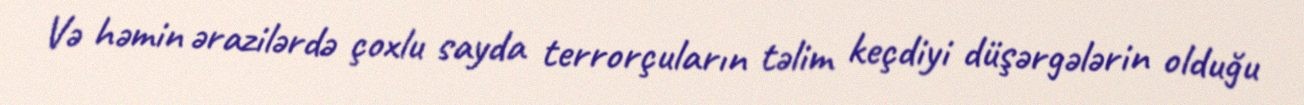
Və həmin ərazilərdə çoxlu sayda terrorçuların təlim keçdiyi düşərgələrin olduğu